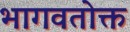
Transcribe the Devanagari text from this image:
भागवतोक्त